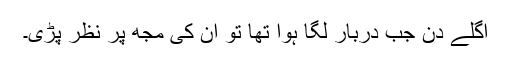
اگلے دن جب دربار لگا ہوا تھا تو ان کی مجھ پر نظر پڑی۔